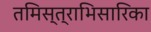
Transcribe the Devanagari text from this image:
तमिस्त्राभिसारिका